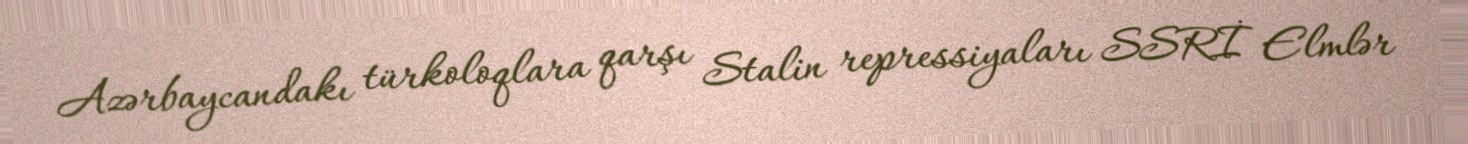
Azərbaycandakı türkoloqlara qarşı Stalin repressiyaları SSRİ Elmlər